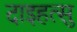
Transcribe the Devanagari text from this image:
दाइहत्सु